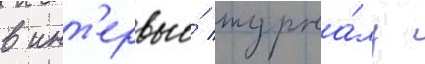
в инт'ервью́ журна́лу